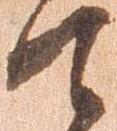
て